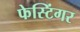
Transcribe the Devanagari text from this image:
फेस्टिंगर